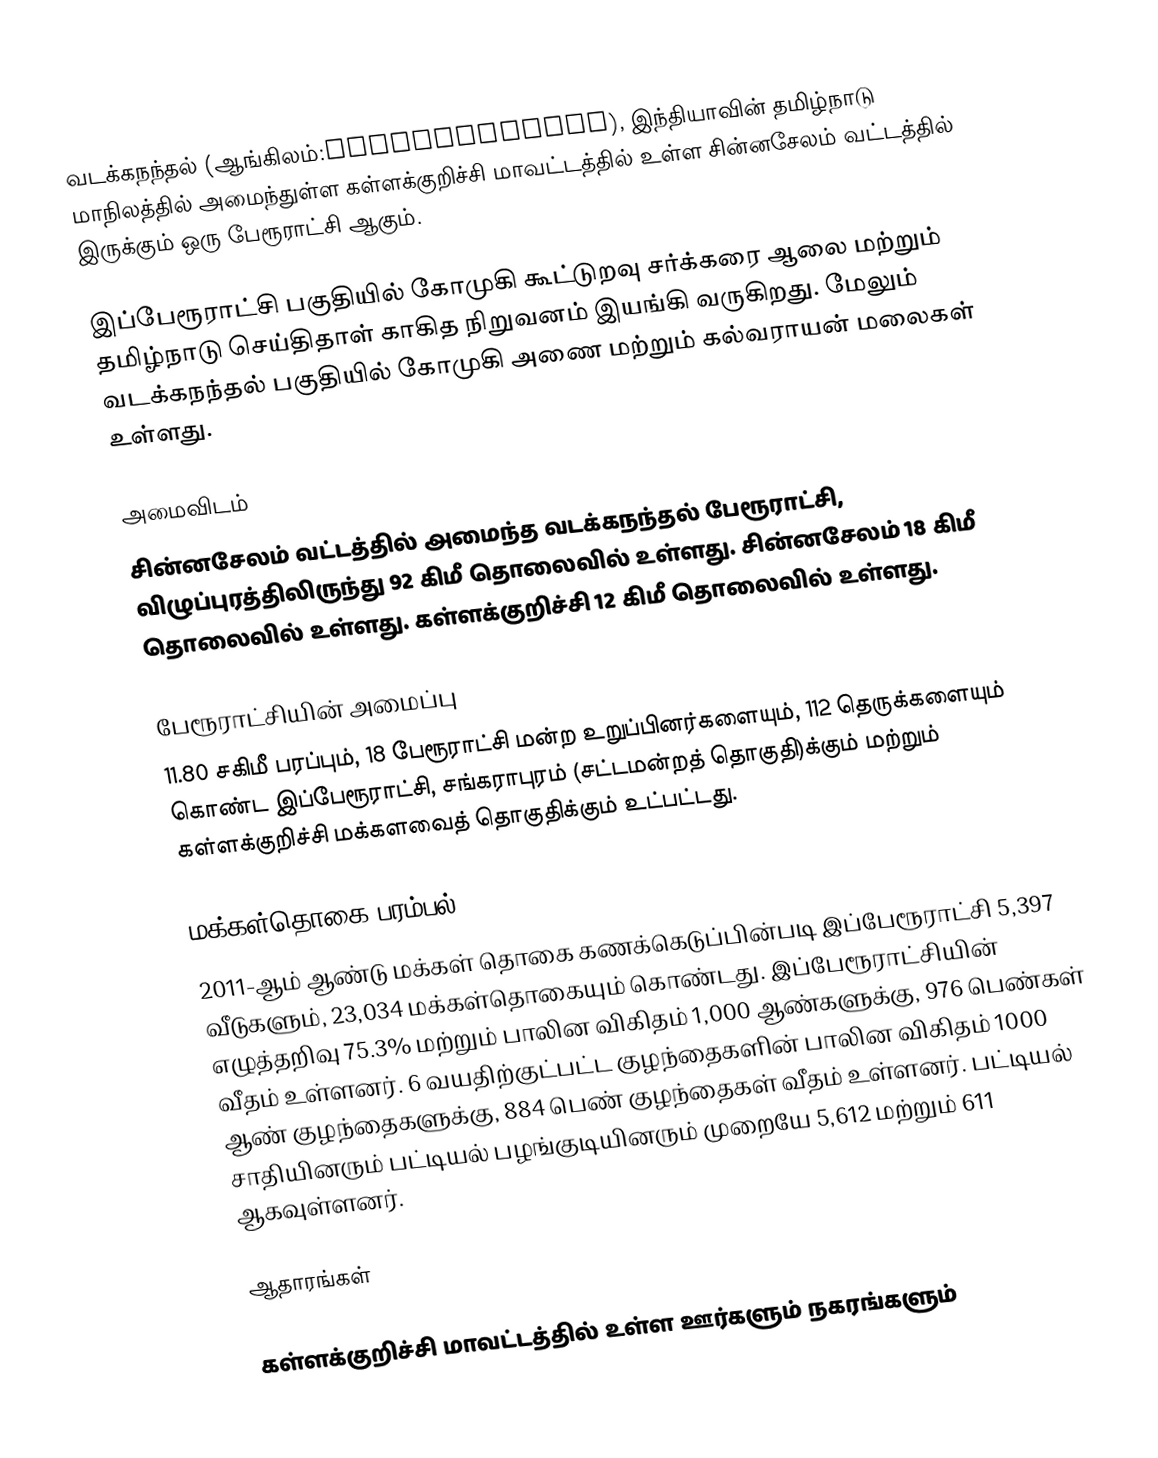
வடக்கநந்தல் (ஆங்கிலம்:Vadakkanandal), இந்தியாவின் தமிழ்நாடு மாநிலத்தில் அமைந்துள்ள கள்ளக்குறிச்சி மாவட்டத்தில் உள்ள சின்னசேலம் வட்டத்தில் இருக்கும் ஒரு பேரூராட்சி ஆகும்.

இப்பேரூராட்சி பகுதியில் கோமுகி கூட்டுறவு சர்க்கரை ஆலை மற்றும்  தமிழ்நாடு செய்திதாள் காகித நிறுவனம் இயங்கி வருகிறது. மேலும் வடக்கநந்தல் பகுதியில்  கோமுகி அணை மற்றும் கல்வராயன் மலைகள் உள்ளது.

அமைவிடம்
சின்னசேலம் வட்டத்தில் அமைந்த வடக்கநந்தல் பேரூராட்சி, விழுப்புரத்திலிருந்து 92 கிமீ தொலைவில் உள்ளது. சின்னசேலம் 18 கிமீ தொலைவில் உள்ளது. கள்ளக்குறிச்சி 12 கிமீ தொலைவில் உள்ளது.

பேரூராட்சியின் அமைப்பு
11.80 சகிமீ பரப்பும், 18 பேரூராட்சி மன்ற உறுப்பினர்களையும், 112 தெருக்களையும் கொண்ட இப்பேரூராட்சி, சங்கராபுரம் (சட்டமன்றத் தொகுதி)க்கும் மற்றும் கள்ளக்குறிச்சி மக்களவைத் தொகுதிக்கும் உட்பட்டது.

மக்கள்தொகை பரம்பல்
2011-ஆம் ஆண்டு மக்கள் தொகை கணக்கெடுப்பின்படி   இப்பேரூராட்சி  5,397 வீடுகளும், 23,034 மக்கள்தொகையும் கொண்டது.  இப்பேரூராட்சியின் எழுத்தறிவு 75.3%   மற்றும் பாலின விகிதம் 1,000 ஆண்களுக்கு, 976 பெண்கள் வீதம் உள்ளனர். 6 வயதிற்குட்பட்ட குழந்தைகளின் பாலின விகிதம் 1000 ஆண் குழந்தைகளுக்கு, 884   பெண் குழந்தைகள் வீதம் உள்ளனர். பட்டியல் சாதியினரும் பட்டியல் பழங்குடியினரும் முறையே  5,612 மற்றும்  611 ஆகவுள்ளனர்.

ஆதாரங்கள்

கள்ளக்குறிச்சி மாவட்டத்தில் உள்ள ஊர்களும் நகரங்களும்